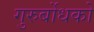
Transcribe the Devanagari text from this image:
गुरुर्बोधको